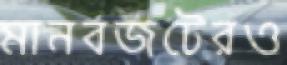
মানবজটেরও